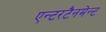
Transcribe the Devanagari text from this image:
एन्टरटैनमेन्ट